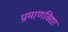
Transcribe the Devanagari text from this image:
प्रमाणविद्या